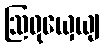
ဩဝုယှေယျ